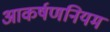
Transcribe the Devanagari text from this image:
आकर्षणनियम